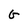
Character: G